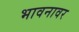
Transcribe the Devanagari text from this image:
भावनावर